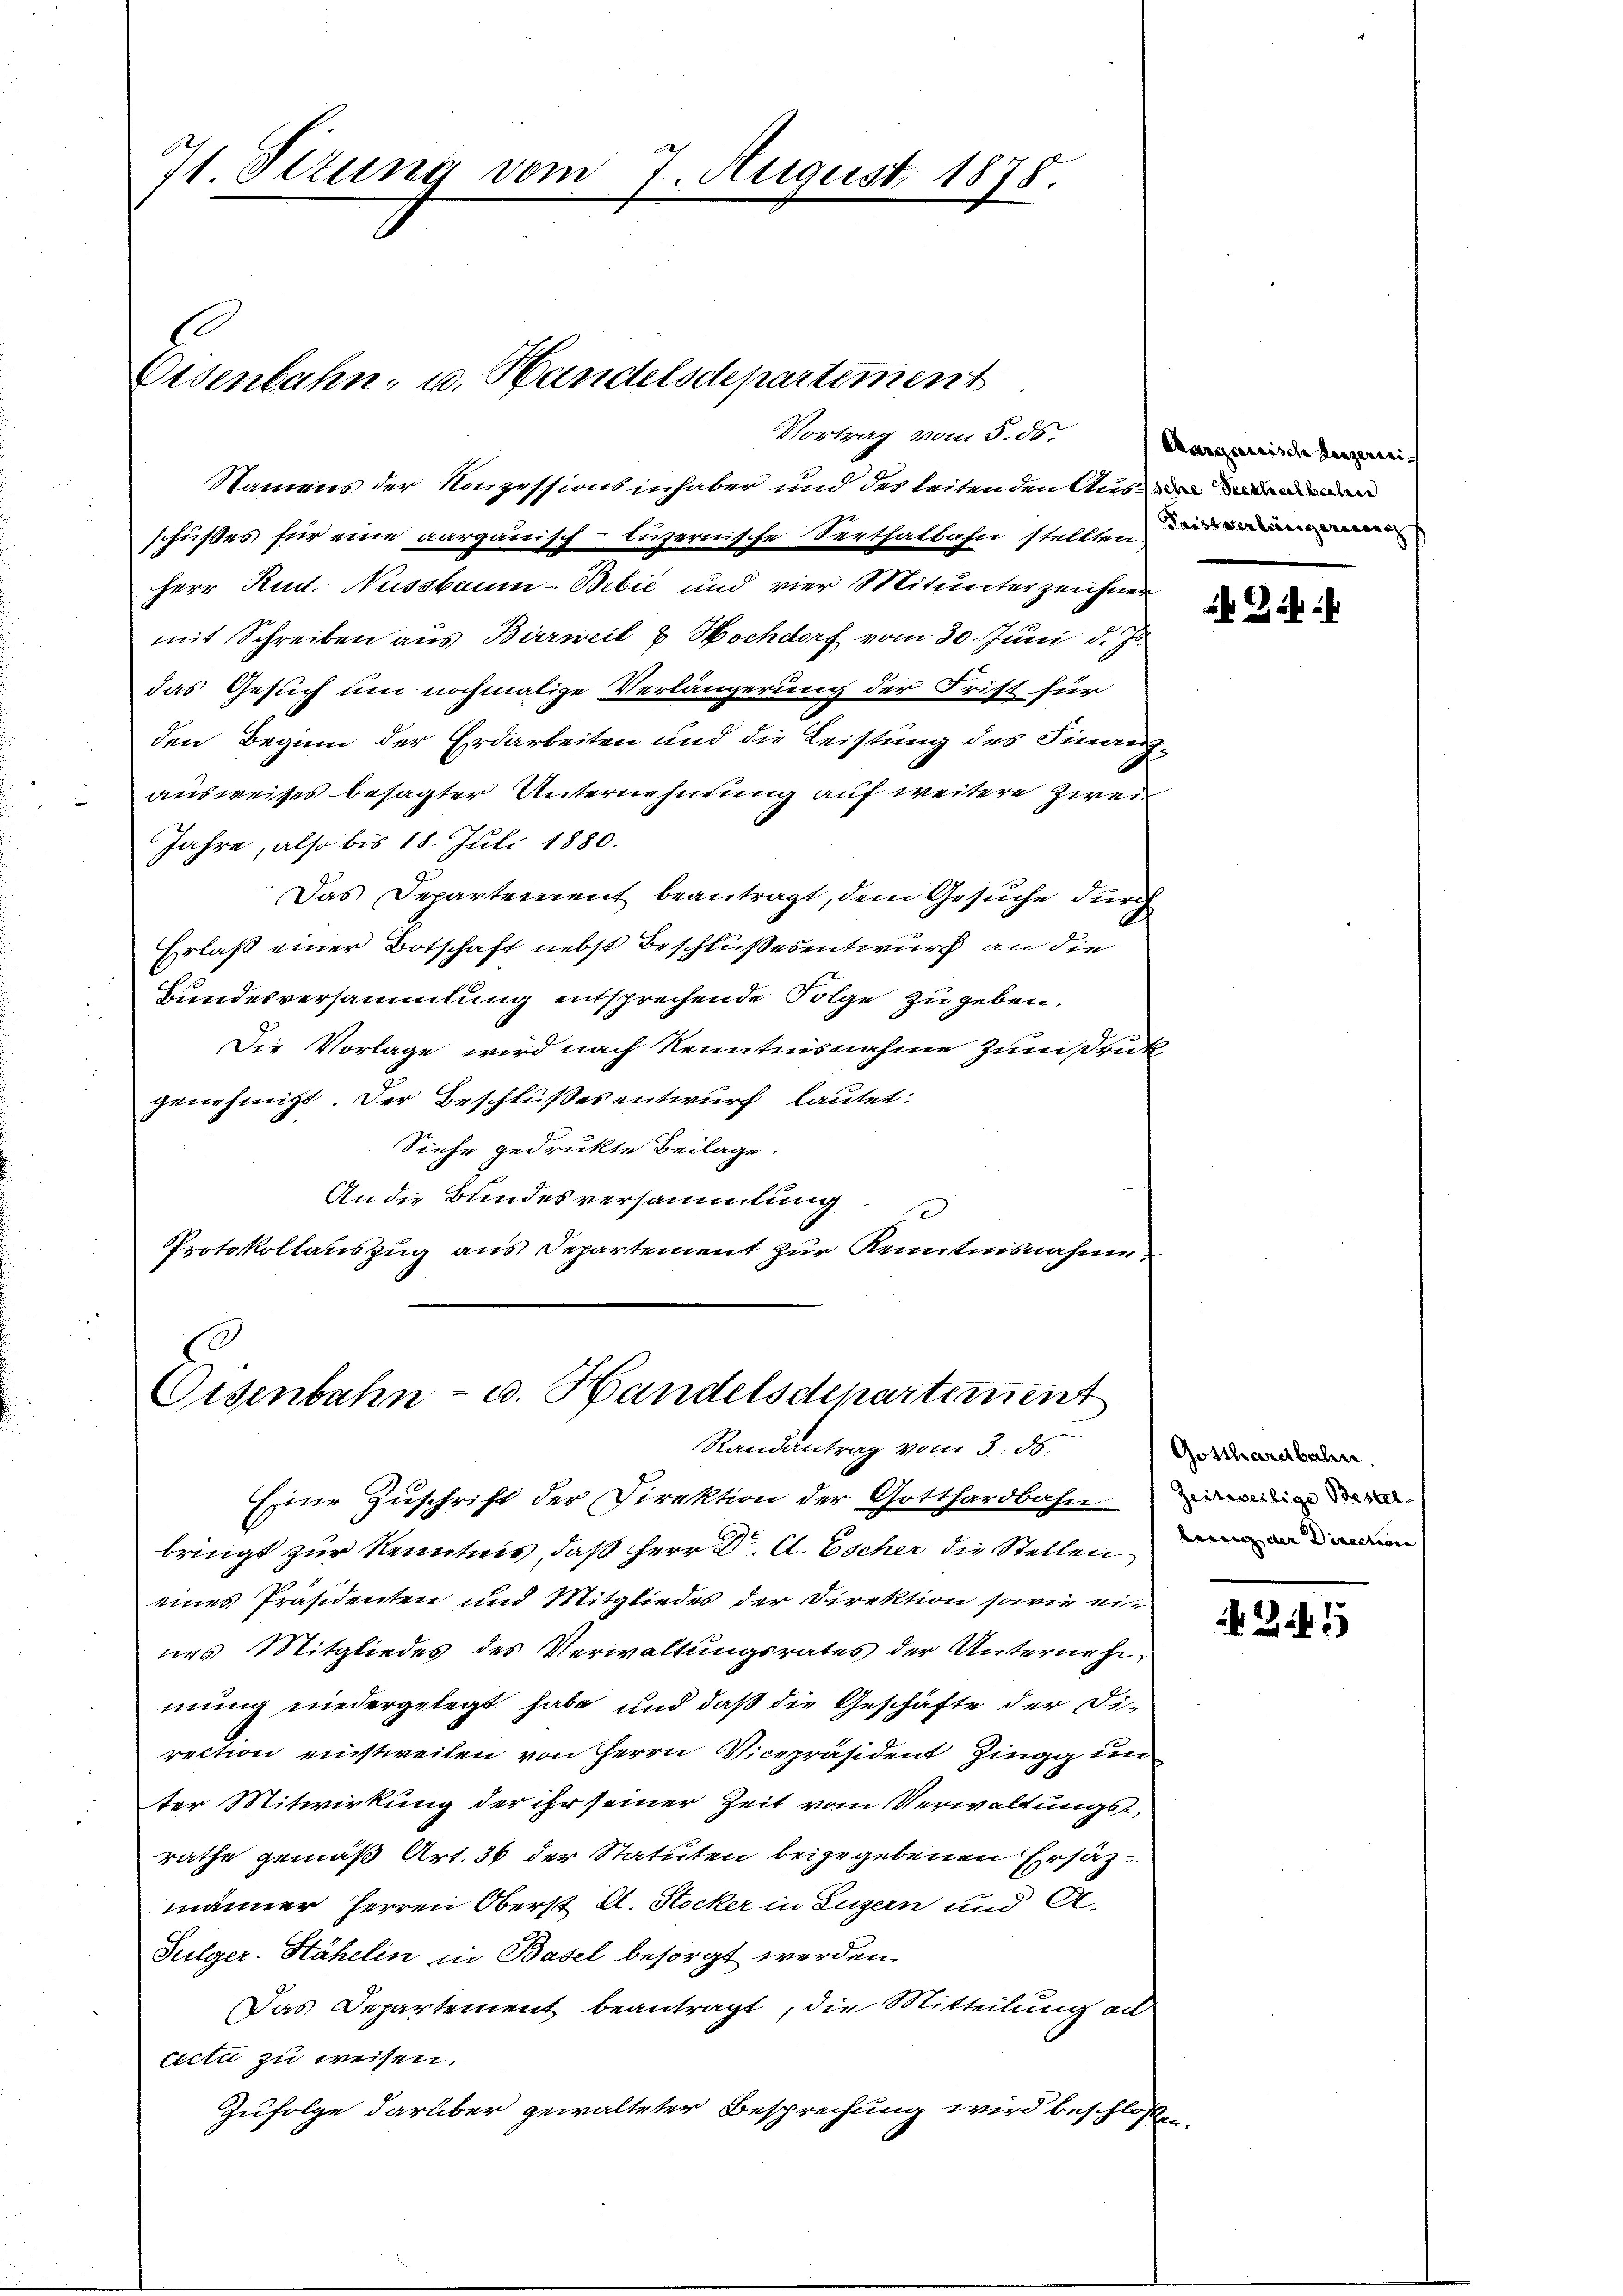
7 Sizung vom

7. August 1878.

.
Osenbahn, u. Handelsdepartement
Vortrag vom 5. ds.

Namens der Konzessionsinhaber und des leitenden Ausein mir ande
schußes für eine aargauisch-luzernische Seethalbahn stellten di
Herr Rud. Nussbaum-Bibić und vier Mitunterzeichner
mit Schreiben aus Bierweil & Hochdorf vom 30. Juni d. Js.
das Gesuch um nochmalige Verlängerung der Frist für
den Beginn der Erdarbeiten und die Leistung des Finanzausweises besagter Unternehmung auf weitere Zwei¬
Jahre, also bis 18. Juli 1880.
Das Departement beantragt, dem Gesuche durch
Erlaß einer Botschaft nebst Beschlußesentwurf an die
Bundesversammlung entsprechende Folge zu geben.
Die Vorlage wird nach Kenntnisnahme zum Druck
genehmigt. Der Beschlußesentwurf lautet:
Siehe gedrukte Beilage.
An die Bundesversammlung
d
Protokollauszug aus Departement zur Kenntnisnahme

Oisenbahn- u. Handelsdepartement
Randantrag vom 3. ds.

Eine Zuschrift der Direktion der Gotthardbahn
bringt zur Kenntnis, daß Herr Dr. C. Escher die Stellenden
eines Präsidenten und Mitgliedes der Direktion sowie eines Mitgliedes des Verwaltungsrates der Unternehm
mung niedergelegt habe, und daß die Geschäfte der Direction einstweilen von Herrn Vicepräsident Zingg un
ter Mitwirkung der ihr seiner Zeit vom Verwaltungsrathe gemäß Art. 36 der Statuten beigegebenen Ersätzmänner Herren Oberst A. Stocker in Luzern und A
Sulger-Stähelin in Basel besorgt werden.
Das Departement beantragt, die Mitteilung ad
cicti zu weisen.
Zufolge darüber gewalteter Besprechung wird beschloßen

Aargauische Heizerisi

Gotthardbalen,

245